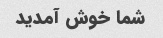
شما خوش آمدید